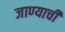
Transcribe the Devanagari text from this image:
जाण्‍याची